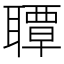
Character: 𦗡